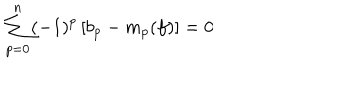
\sum _ { p = 0 } ^ { n } ( - 1 ) ^ { p } \left[ b _ { p } - m _ { p } ( f ) \right] = 0